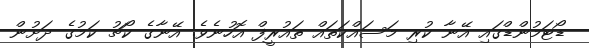
ޑޯޓަމުންޑްގައި އޭނާ ކުރި މަސައްކަތައް ތައުރީފް އޮހުނެވެ. އޭނާގެ ކޯޗު ކަމުގެ ދަށުން